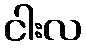
ငါးလ